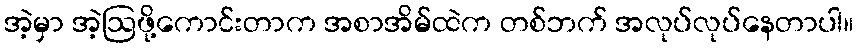
အဲ့မှာ အဲ့ဩဖို့ကောင်းတာက အစာအိမ်ထဲက တစ်ဘက် အလုပ်လုပ်နေတာပါ။